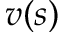
v ( s )